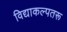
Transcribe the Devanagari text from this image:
विद्याकल्पतरू